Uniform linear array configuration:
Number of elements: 24
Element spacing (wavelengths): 0.75
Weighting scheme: binomial
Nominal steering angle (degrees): -45
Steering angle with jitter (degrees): -44.339
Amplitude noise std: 0.05
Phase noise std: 0.05

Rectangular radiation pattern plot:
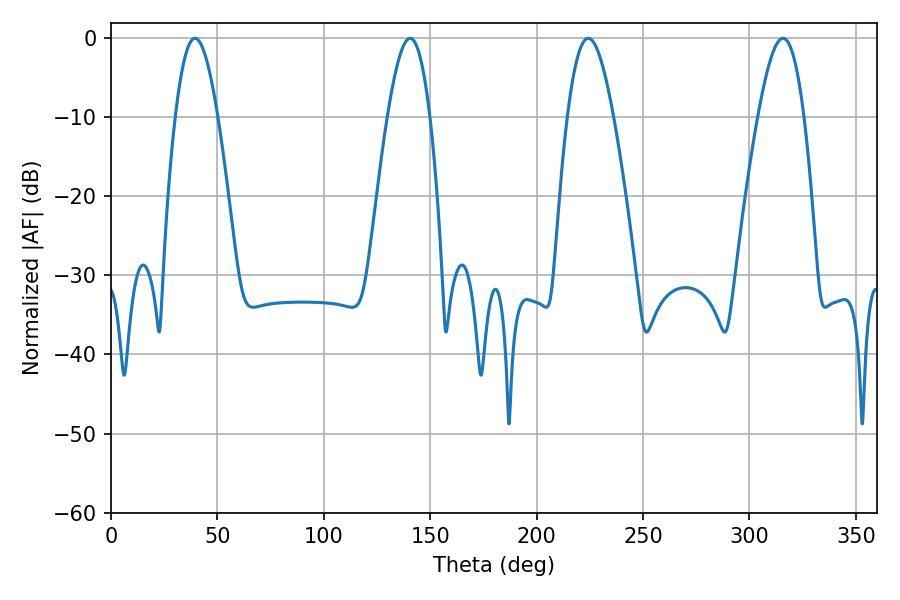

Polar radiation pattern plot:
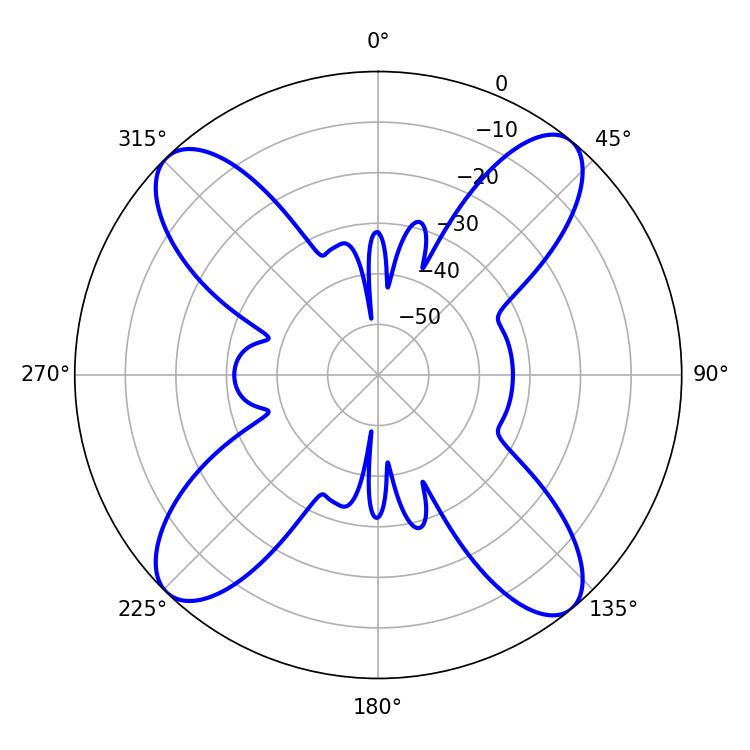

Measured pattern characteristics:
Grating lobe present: TRUE
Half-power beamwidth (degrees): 11.7
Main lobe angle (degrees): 224.28